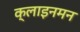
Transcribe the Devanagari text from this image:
क्लाइनमन